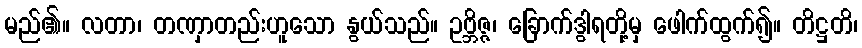
မည်၏။ လတာ၊ တဏှာတည်းဟူသော နွယ်သည်။ ဥဗ္ဘိဇ္ဇ၊ ခြောက်ဒွါရတို့မှ ဖေါက်ထွက်၍။ တိဋ္ဌတိ၊